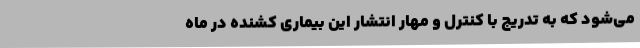
می‌شود که به تدریج با کنترل و مهار انتشار این بیماری کشنده در ماه